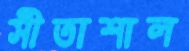
সীতাশাল